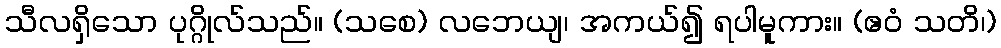
သီလရှိသော ပုဂ္ဂိုလ်သည်။ (သစေ) လဘေယျ၊ အကယ်၍ ရပါမူကား။ (ဧဝံ သတိ၊)